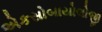
એકસોબાયોલોજી